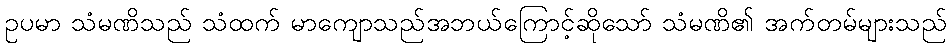
ဥပမာ သံမဏိသည် သံထက် မာကျောသည်အဘယ်ကြောင့်ဆိုသော် သံမဏိ၏ အက်တမ်များသည်